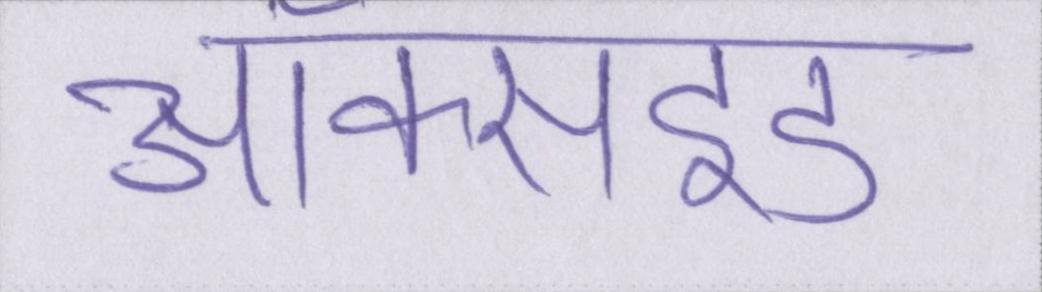
ऑक्साइड